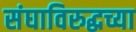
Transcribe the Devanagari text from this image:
संघाविरुद्धच्या